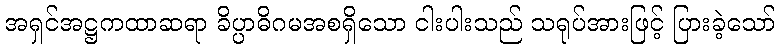
အရှင်အဋ္ဌကထာဆရာ ခိပ္ပာဓိဂမအစရှိသော ငါးပါးသည် သရုပ်အားဖြင့် ပြားခဲ့သော်